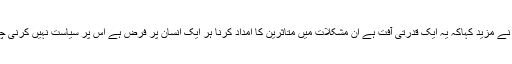
انہوں نے مزید کہاکہ یہ ایک قدرتی آفت ہے ان مشکلات میں متاثرین کا امداد کرنا ہر ایک انسان پر فرض ہے اس پر سیاست نہیں کرنی چاہیے۔